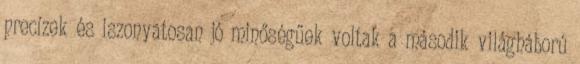
precízek és iszonyatosan jó minőségűek voltak a második világháború